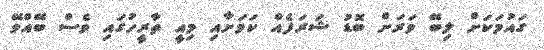
ގައުމަކަށް ލިބޭ ވަރަށް ބޮޑު ޝަރަފެއް ކަމަށާއި މިއީ ތާރީހުގައި ވެސް ބޭއްވޭ